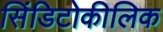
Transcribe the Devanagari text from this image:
सिंडिटोकीलिक